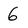
Character: 6